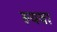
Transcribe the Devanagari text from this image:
रुयवा